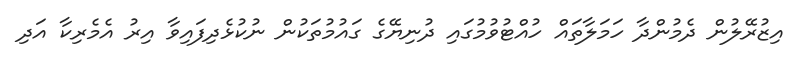
އިޒުރޭލުން ދެމުންދާ ހަމަލާތައް ހުއްޓުވުމުގައި ދުނިޔޭގެ ގައުމުތަކުން ނުކުޅެދިފައިވާ އިރު އެމެރިކާ އަދި